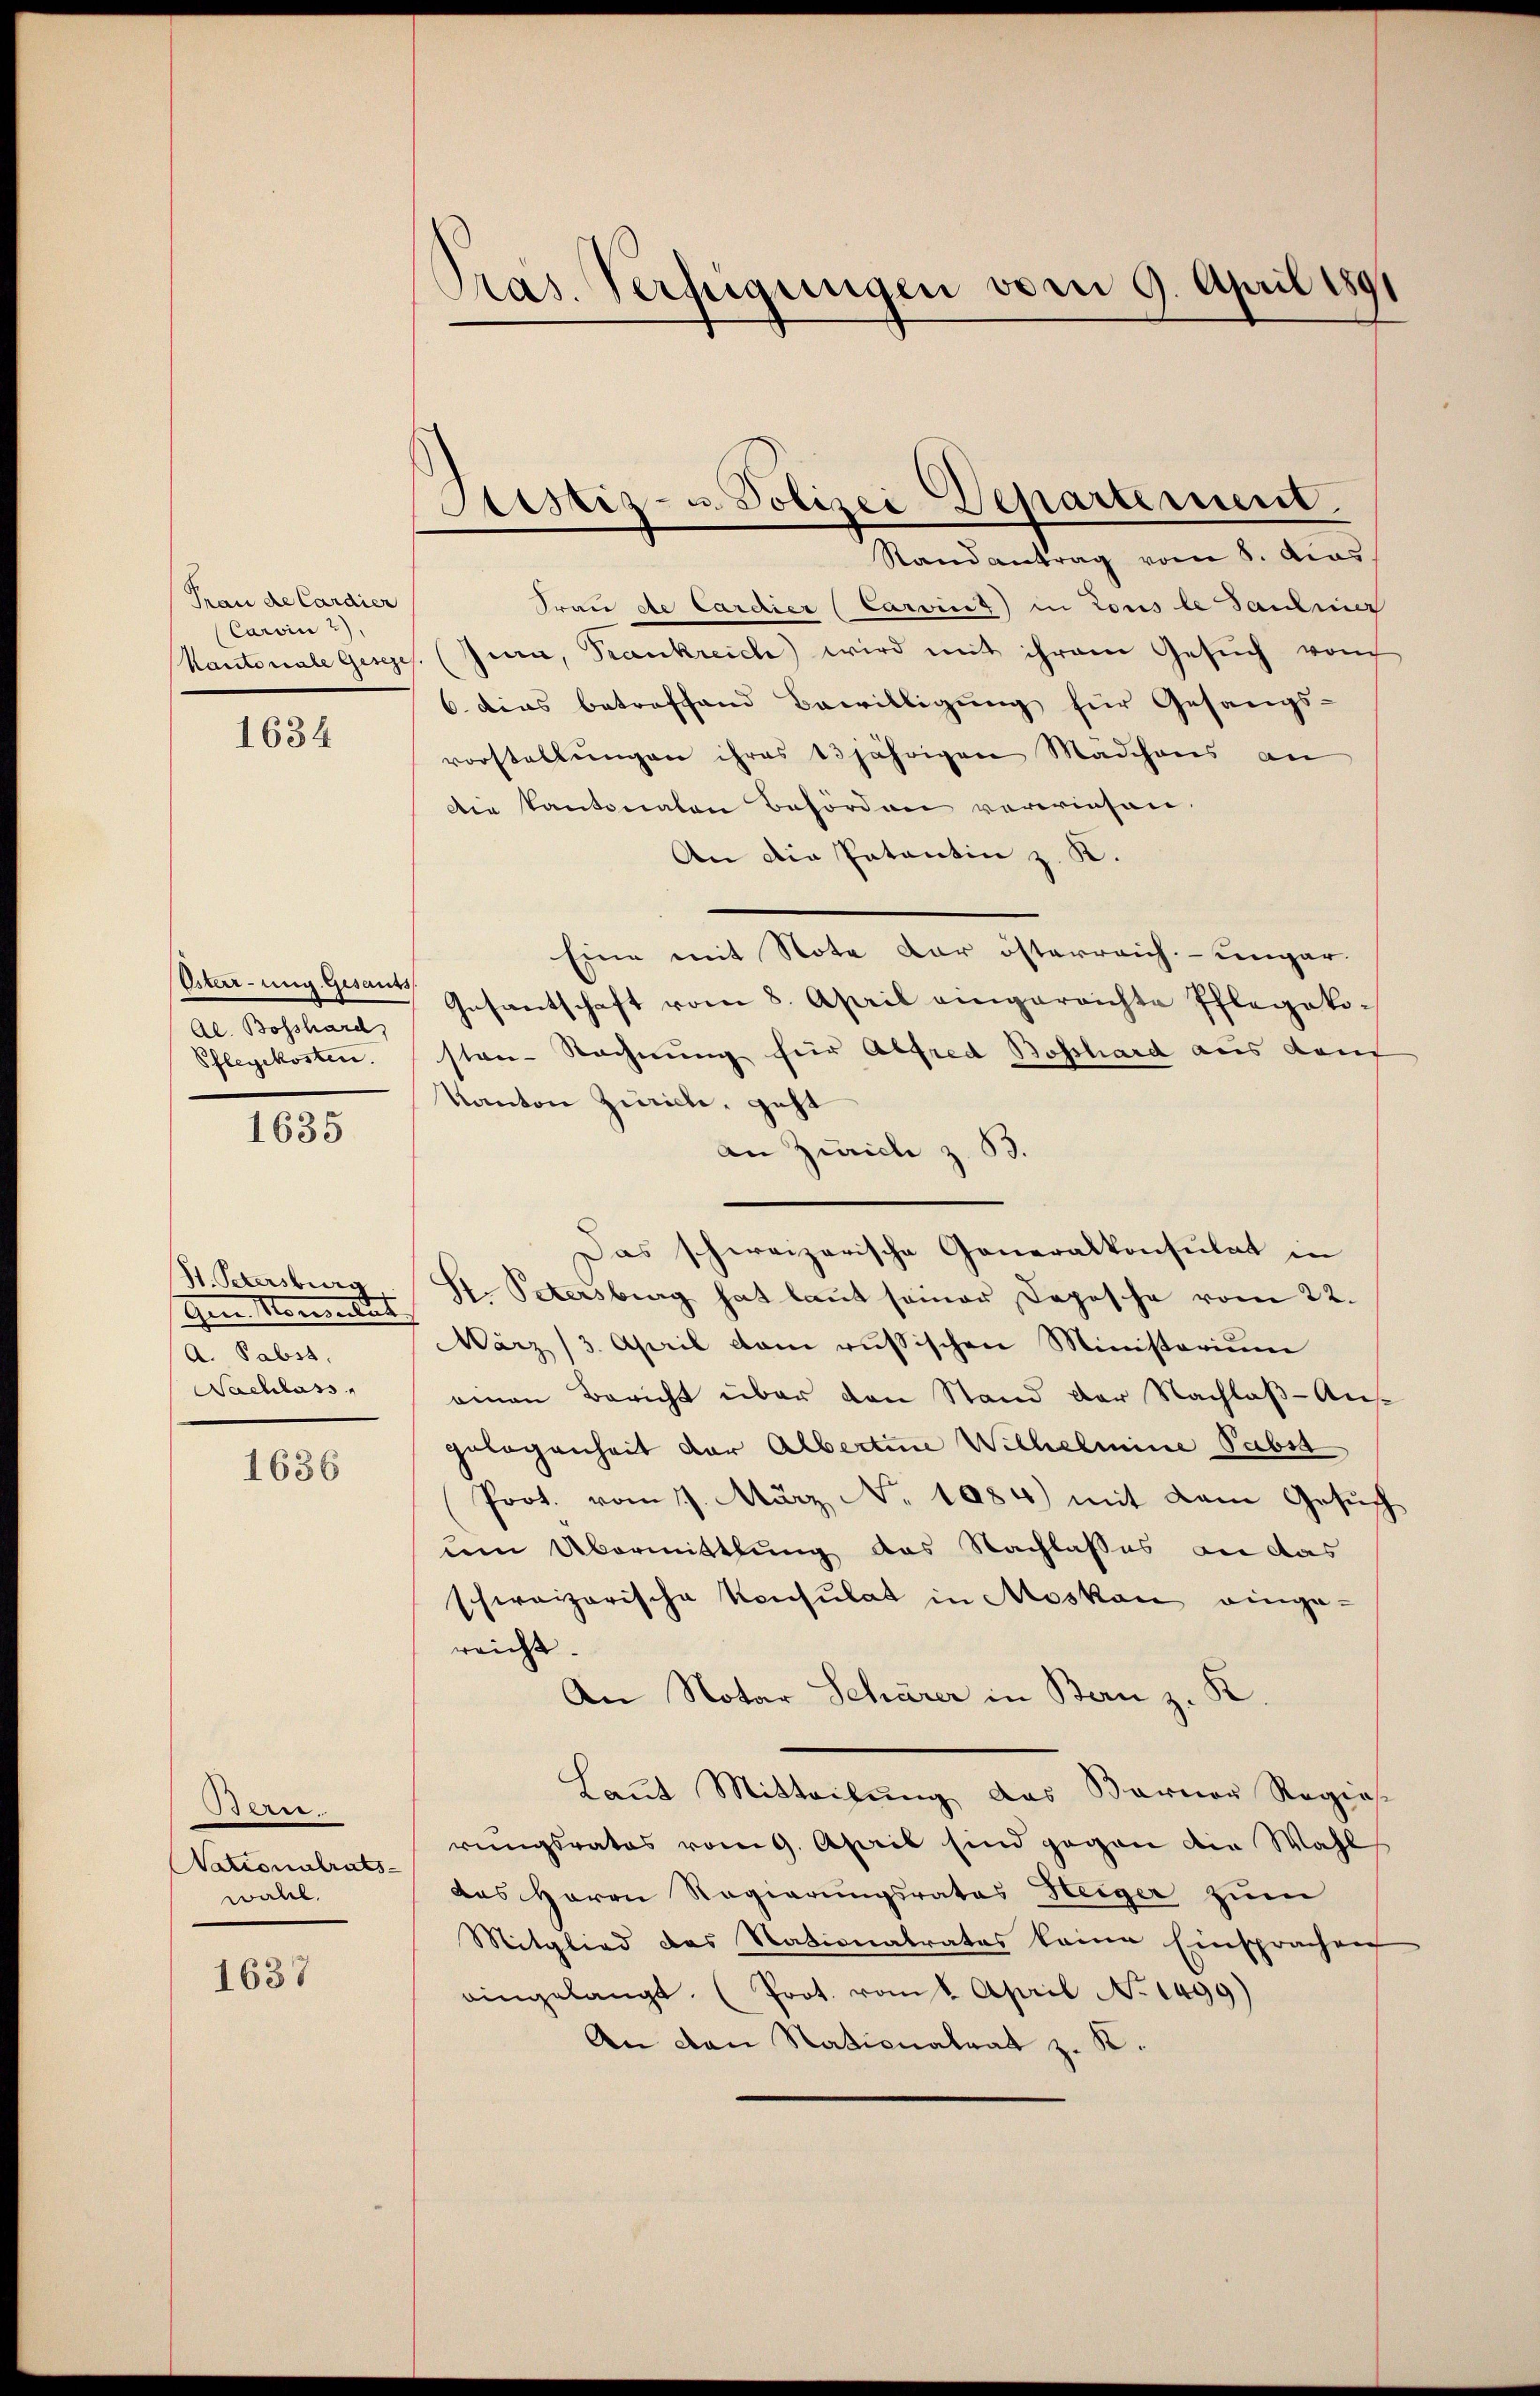
Frau de Cardier
Carvinu
Kantonale Geseze

1634

Osterrung. Gesants
Al. Bosshard,
Pflegekosten.

1635

St. Petersburg
Gen Momentat
A. Pabst,
Nachlass

1636

Bde.
NNationalrats-
wall.

1637

Pras. Verfügungen vom 9. April 1891

Sistiz- u. Polizei Departement.

Randantrag vom 8. Mas
Frau de Cardier (Carvinz in Tous le Santing
Jura, Krankreich wird mit ihrem Gesŭch von
6. dies betreffend Bewilligung für Gesangs-
vorstellungen ihres 13 jährigen Mädchens an
Die Kantonaten Beförden verwiesen.
An die Patentin z. K.
Eine mit Note dar österreich-ungar.
Gesantschaft vom 8. April eingereichte Pflegoko-
sten-Rechnung für Alfred Boschard aus deut
Kanton Zürich, geht
an Zürich z. B.
Das schweizerische Generalkonsulat in
St. Petersburg hat laut seiner Depesche vom 22.
März (3. April dem russischen Ministerium
einen Bericht über den Stand der Nachlaß-Angelegenheit der Albertine Wilhelmine Pabst
Prot. vom 17. März No 1084) mit dem Gesuch
um Übermittlung des Nachlasses an das
schweizerische Konsulat in Moskau einge-
reicht.
An Notar Schärer in Bern z. K
Laut Mitteilung das Barner Regias-
rungsrates vom 9. April sind gegen die Wahl
das Herrn Regierungsrates Heiger zum
Mitglied das Nationalrates keine Einsprachen
aingelangt. (Prot. vom 6. April No 1499)
An den Nationalrat z. K.